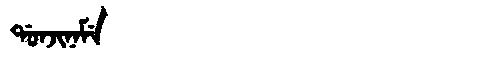
Manchu: ᡩᠣᠨᠵᡳᠨᠠᠮᡝ
Romanization: DONJINAME